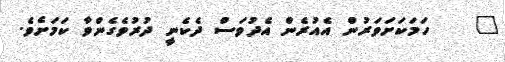
٦    ހަމަކަށަވަރުން އެއުރެން އެދުވަސް ދެކެނީ ދުރުވެގެންވާ ކަމަށެވެ.